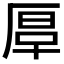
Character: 𠪀